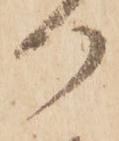
御